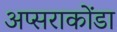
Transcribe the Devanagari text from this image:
अप्सराकोंडा